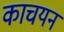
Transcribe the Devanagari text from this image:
काचयन